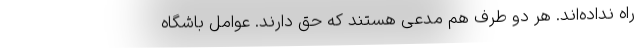
راه نداده‌اند. هر دو طرف هم مدعی هستند که حق دارند. عوامل باشگاه